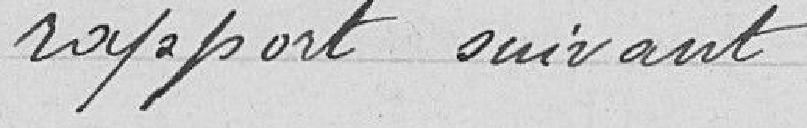
rapport suivant :